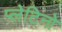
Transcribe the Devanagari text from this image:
प्लेटिनो